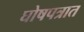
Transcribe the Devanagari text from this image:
घोषपत्रात